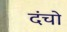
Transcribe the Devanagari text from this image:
दंचो